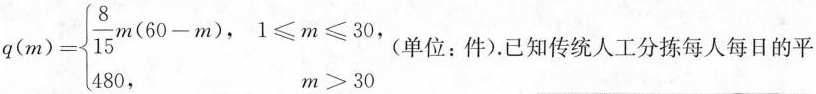
$$q(m)= \left\{ \begin{matrix} \frac{8}{15}m(60-m), \quad 1 \leq m \leq 30, \\ 480, \quad m>30 \end{matrix} \right.$$(单位：件)。已知传统人工分拣每人每日的平